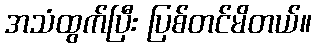
အသံထွက်ပြီး ပြစ်တင်မိတယ်။